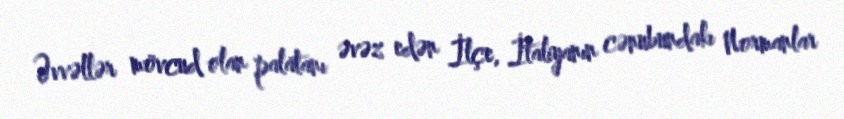
Əvvəllər mövcud olan palatanı əvəz edən İlçe, İtaliyanın cənubundakı Normanlar